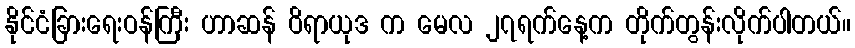
နိုင်ငံခြားရေးဝန်ကြီး ဟာဆန် ဝိရာယုဒ က မေလ ၂၇ရက်နေ့က တိုက်တွန်းလိုက်ပါတယ်။